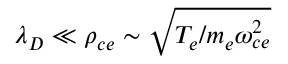
\lambda _ { D } \ll \rho _ { c e } \sim \sqrt { T _ { e } / m _ { e } \omega _ { c e } ^ { 2 } }